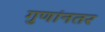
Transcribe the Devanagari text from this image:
गुणांनतर